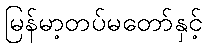
မြန်မာ့တပ်မတော်နှင့်